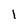
Character: I